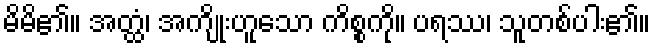
မိမိ၏။ အတ္ထံ၊ အကျိုးဟူသော ကိစ္စကို။ ပရဿ၊ သူတစ်ပါး၏။